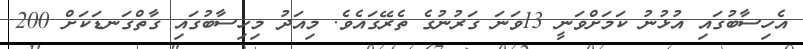
އެހިސާބުގައި އުޅުނު ކަމަށްވަނީ 13ވަނަ ގަރުނުގެ ތެރޭގައެވެ. މިއަދު މިހިސާބުގައި ގާތްގަނޑަކަށް 200